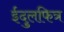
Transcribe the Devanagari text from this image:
ईदुलफित्र